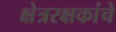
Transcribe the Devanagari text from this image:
क्षेत्ररक्षकांचे